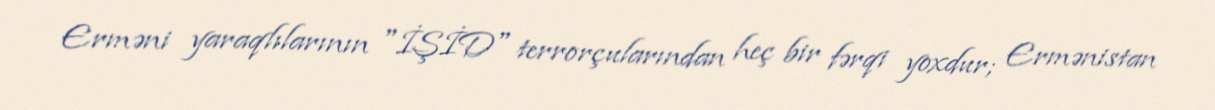
Erməni yaraqlılarının "İŞİD" terrorçularından heç bir fərqi yoxdur; Ermənistan